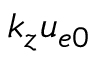
k _ { z } u _ { e 0 }